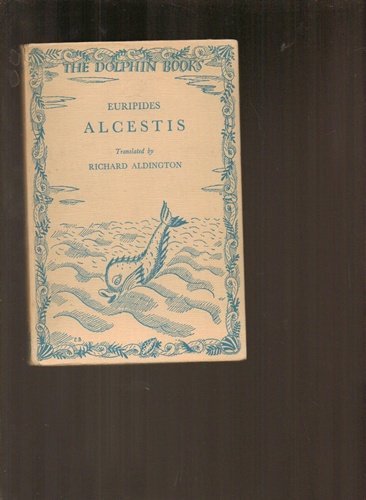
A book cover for Alcestis; Richard (trans) EURIPIDES / ALDINGTON; Literature & Fiction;